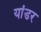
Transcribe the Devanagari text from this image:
यांडर